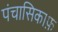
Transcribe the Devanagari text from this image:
पंचासिकाफ़